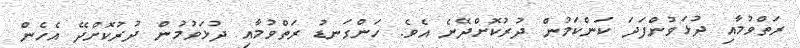
ރަތްވުމާއި ދުޅަވުންފަދަ ކަންކަމުން ދުރުކޮށްދޭނެ އެވެ. ހަންގަނޑު ރަތްވުމާއި ދުޅަވުމުން ދުރުކޮށްދޭ އެހެން